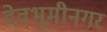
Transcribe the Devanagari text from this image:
देवभूमीनगर